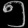
Digit: ၅